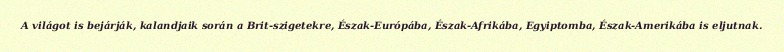
A világot is bejárják, kalandjaik során a Brit-szigetekre, Észak-Európába, Észak-Afrikába, Egyiptomba, Észak-Amerikába is eljutnak.